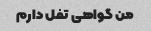
من گواهی تفل دارم